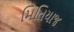
મિતિયાજ